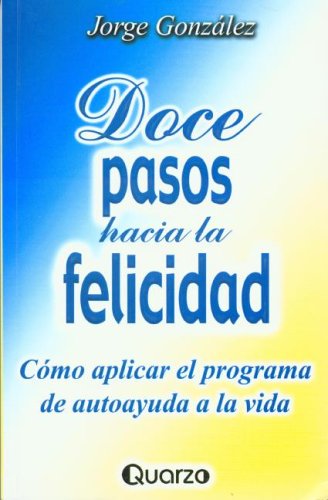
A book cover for Doce pasos hacia la felicidad (Spanish Edition); Jorge Gonzalez; Health, Fitness & Dieting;